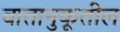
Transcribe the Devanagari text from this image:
वातानुकूतील